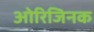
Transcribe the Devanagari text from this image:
ओरिजिनक